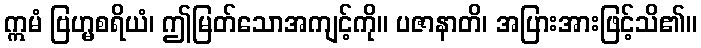
ဣမံ ဗြဟ္မစရိယံ၊ ဤမြတ်သောအကျင့်ကို။ ပဇာနာတိ၊ အပြားအားဖြင့်သိ၏။